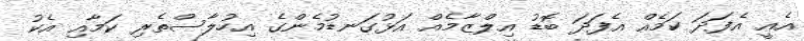
އެއީ އެފަދަ ކަމެއް އެފަދަ ބޮޑު އިލްޒާމެއް އަޅުގަނޑުމެންގެ އިހުލާސްތެރި ކަމާއި އެކު